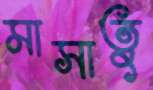
মাসাতু